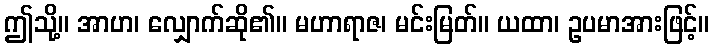
ဤသို့။ အာဟ၊ လျှောက်ဆို၏။ မဟာရာဇ၊ မင်းမြတ်။ ယထာ၊ ဥပမာအားဖြင့်။